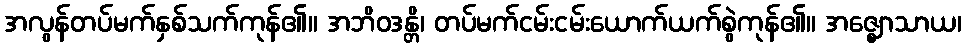
အလွန်တပ်မက်နှစ်သက်ကုန်၏။ အဘိဝဒန္တိ၊ တပ်မက်ငမ်းငမ်းယောက်ယက်စွဲကုန်၏။ အဇ္ဈောသာယ၊